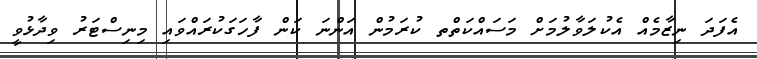
އެފަދަ ނިޒާމެއް އެކުލަވާލުމަށް މަސައްކަތްތ ކުރަމުން އަންނަ ކަން ފާހަގަކުރައްވައި މިނިސްޓަރު ވިދާޅުވީ